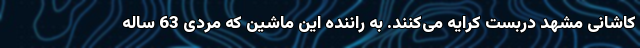
کاشانی مشهد دربست کرایه می‌کنند. به راننده این ماشین که مردی 63 ساله